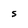
Character: S